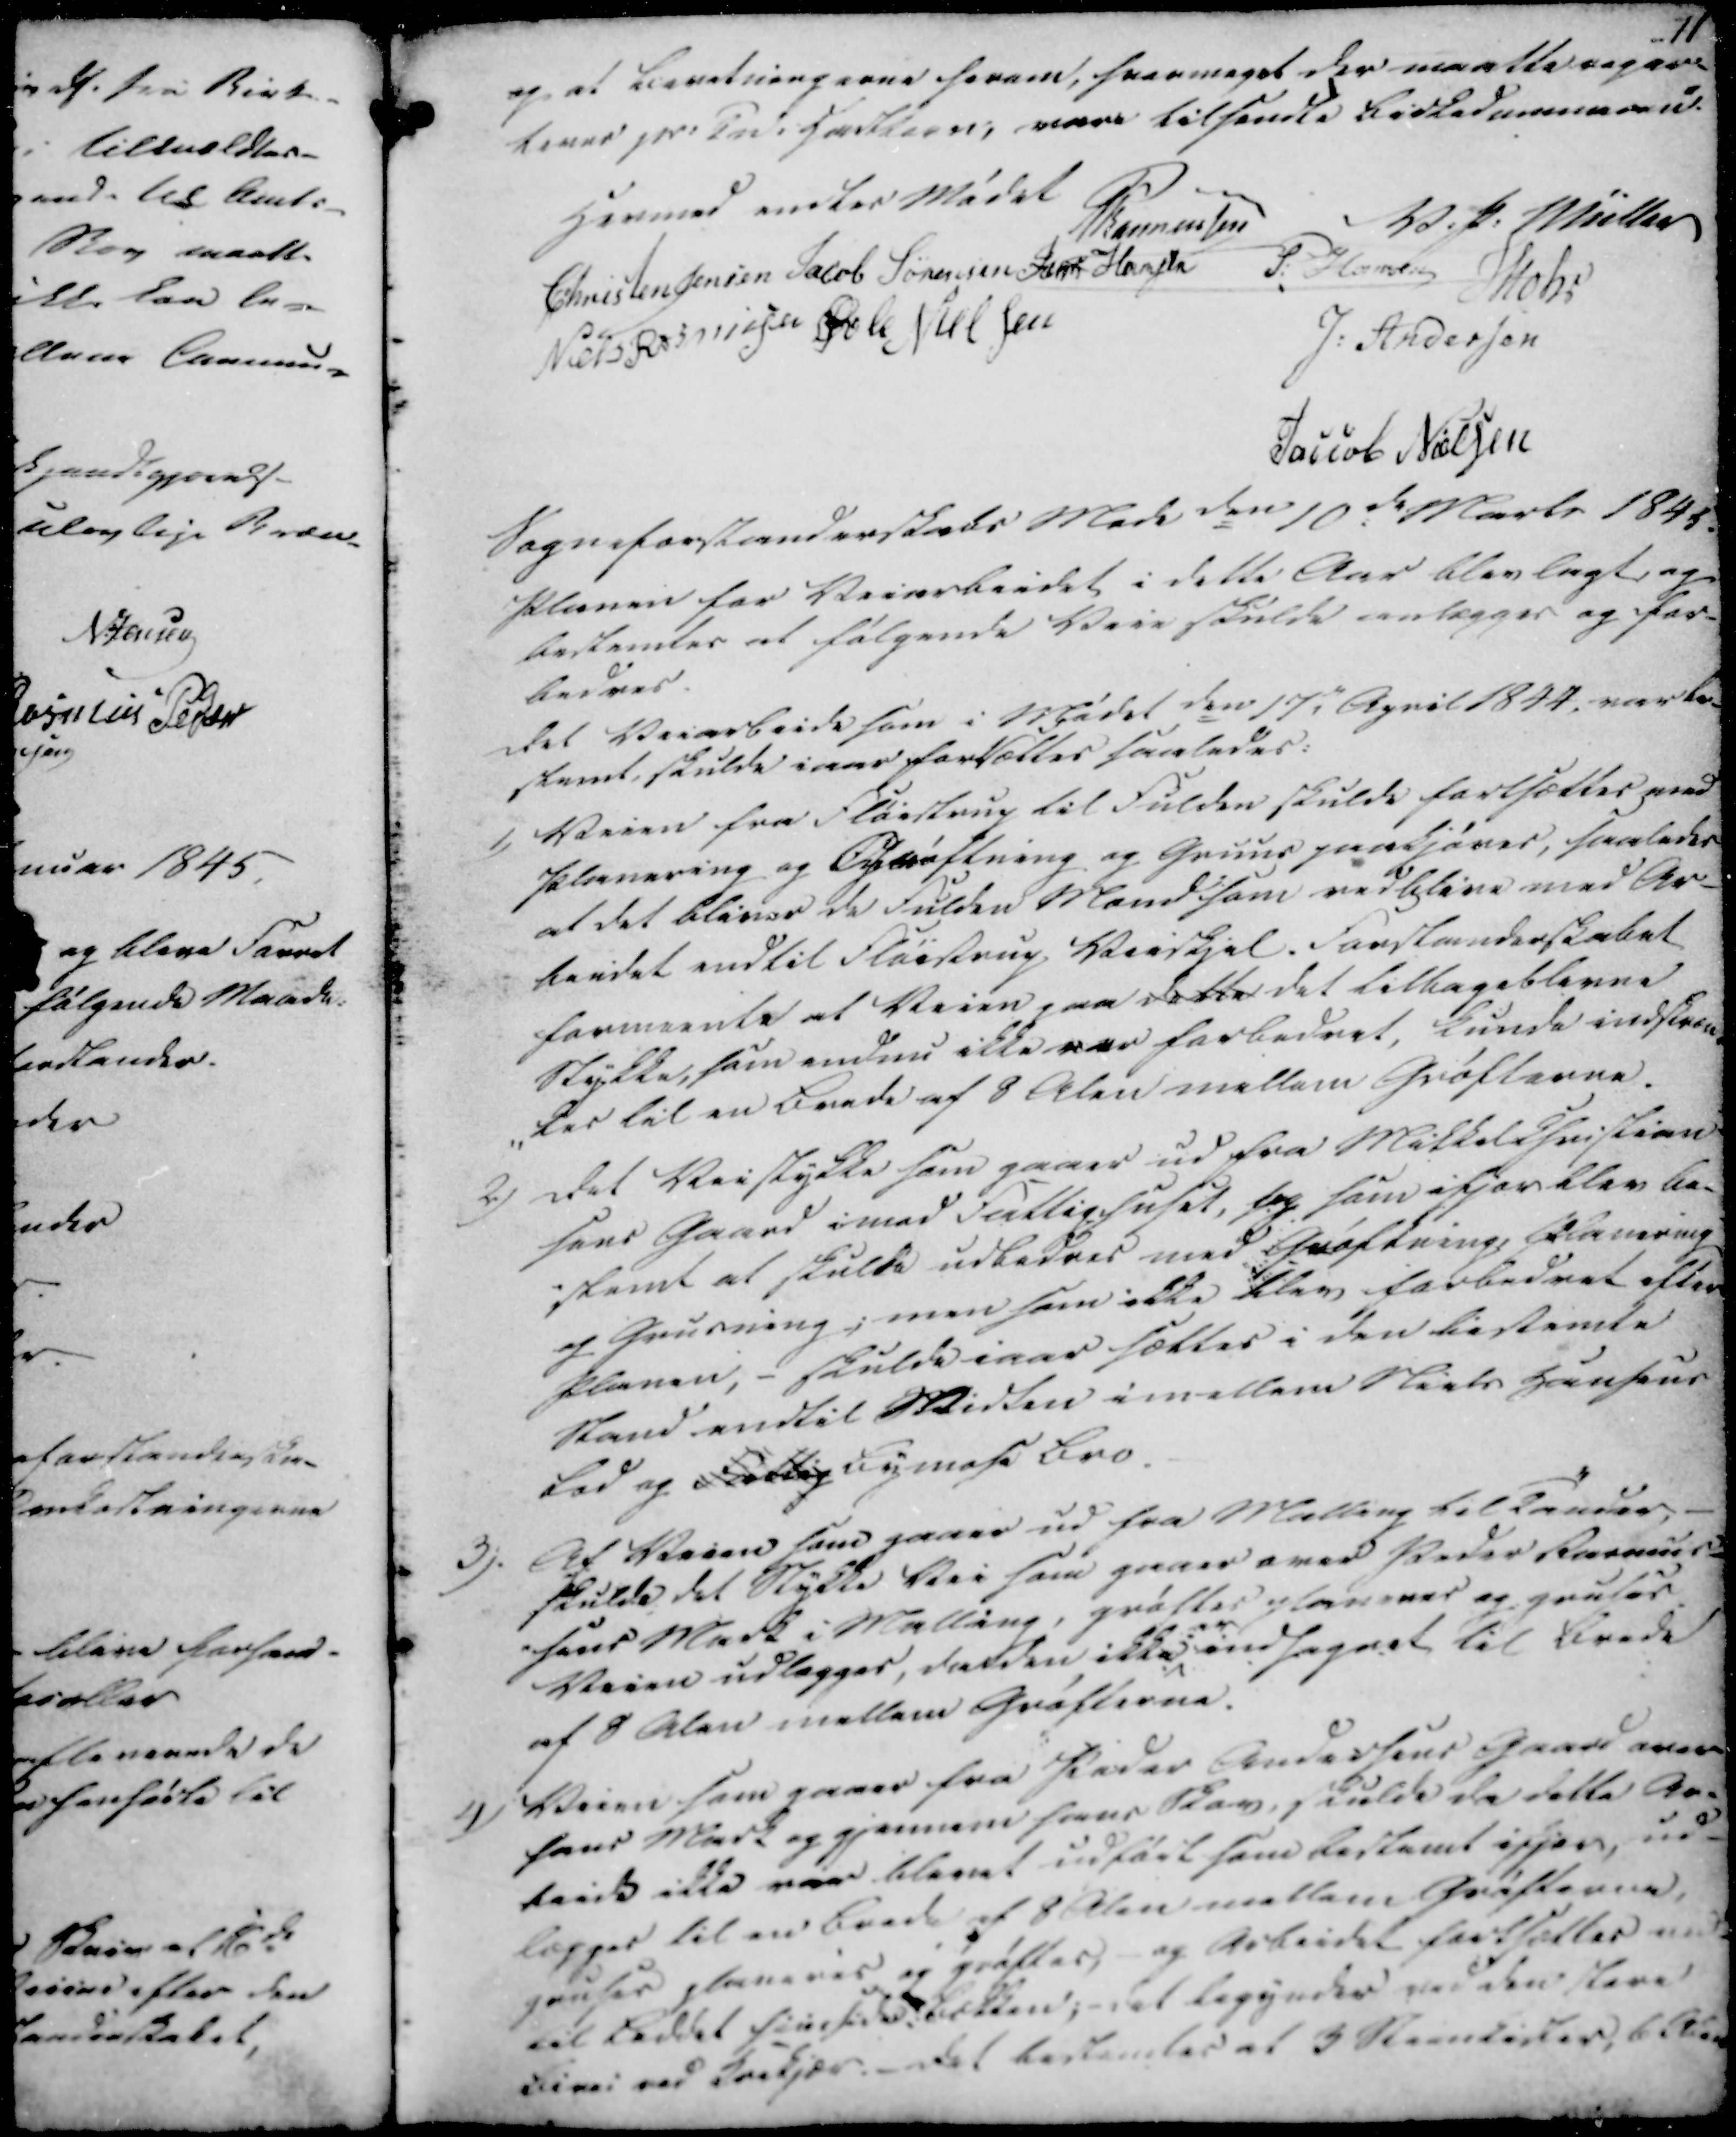
Transskription:
og at Beretningerne herom, hvor meget der maatte regere
timer pr. Tnd. i Hartkorn; vare tilsendte Birkedommeren.

Hermed endtes Mødet

Rasmussen
V. P. Müller
Christen Jensen
Jacob Sørensen
Jens Hansen
P. Hansen
Mohr
Niels Rasmussen
Øvle Nielsen
J. Andersen
Jaccob Nielsen

Sogneforstanderskabs Møde den 10de Marts 1845.
Planen for Veiarbeidet i dette Aar blev lagt og
bestemtes at følgende Veie skulde anlægges og for-
bedres.
Det Veiarbeide som i Mødet den 17de April 1844, var be-
stemt, skulde iaar fortsættes saaledes:

1)

Veien fra Fløistrup til Fulden skulde fortsættes med
Planering og Grøftning og Gruus paakjøres, saaledes
at det bliver de Fulden Mænd som vedblive med Ar-
beidet endtil Fløistrup Veiskjel. Forstanderskabet
formeente at Veien paa dette det tilbageblevne
Stykke, som endnu ikke var forbedret, kunde indskræn-
-kes til en Brede af 8 Alen mellem Grøfterne.

2)

Det Veistykke som gaaer ud fra Mikkel Christian-
sens Gaard imod Fattighuset, feg ham ifjor blev be-
stemt at skulde udbedres med Grøftning, Planering
og Grusning; men som ikke blev forbedret efter
Planen, - skulde iaar sættes i den bestemte
Stand endtil Midten i mellem Niels Hansens
lod og Fattig Bymose Bro.

3).

Af Veien som gaaer ud fra Mallirg til Tender, -
skulde det Stykke Vei som gaaer over Peder Rasmus-
-sens Mark i Malling, grøftes planeres og gruses.
Veien udlægges, da den ikke
er
indhegnet til Brede
af 8 Alen mellem Grøfterne.

4)

Veien som gaaer fra Peder Andersens Gaard over
hans Mark og gjennem hans Skov, skulde da dette Ar-
beide ikke var blevet udført som bestemt ifjor, ud-
lægges til en Brede af 8 Alen mellem Grøfterne,
gruses planeres og grøftes, - og Arbeidet fortsættes ned
til Leddet fins siden bækken; - det begyndes ved den store
Bivei ved Krekjær. - Det bestemtes at 3 Steenkister 6 Alen